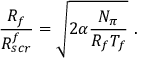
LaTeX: \frac { R _ { f } } { R _ { s c r } ^ { f } } = \sqrt { 2 \alpha \frac { N _ { \pi } } { R _ { f } T _ { f } } } \ .